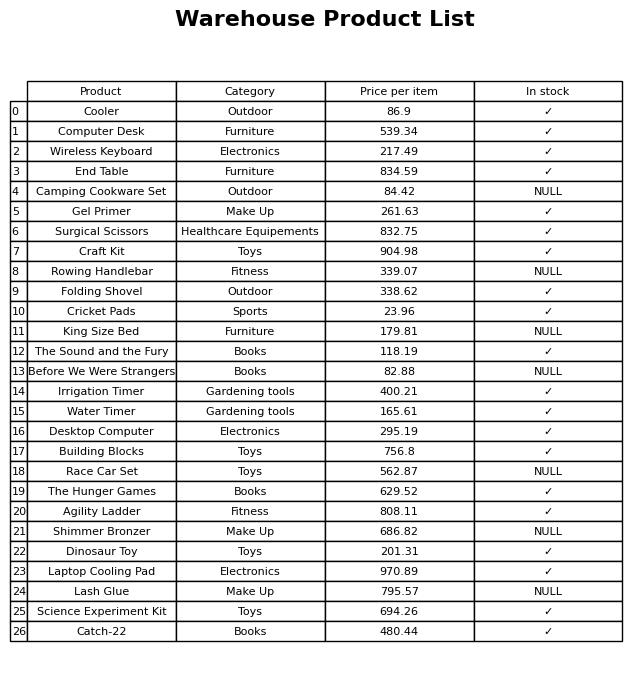
question: What is the price for Science Experiment Kit?
answer: The price of Science Experiment Kit is 694.26.